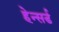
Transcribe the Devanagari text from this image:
हेन्सर्ड